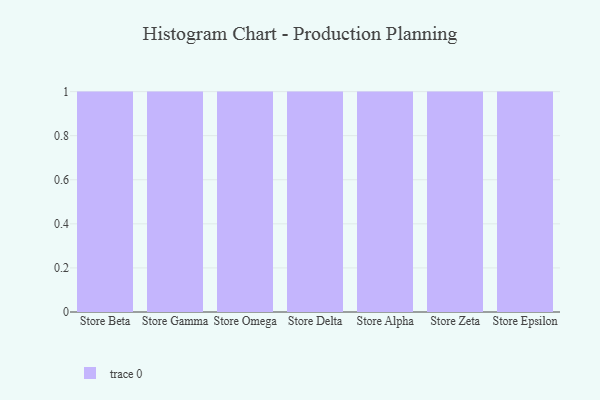
{"axis": {"x": "Store", "y": "Satisfaction Score"}, "legend": [""], "data": [{"x": "Store Beta", "y": 50, "type": ""}, {"x": "Store Gamma", "y": 25, "type": ""}, {"x": "Store Omega", "y": 51, "type": ""}, {"x": "Store Delta", "y": 83, "type": ""}, {"x": "Store Alpha", "y": 86, "type": ""}, {"x": "Store Zeta", "y": 78, "type": ""}, {"x": "Store Epsilon", "y": 89, "type": ""}]}